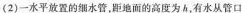
(2)一水平放置的细水管，距地面的高度为h，有水从管口